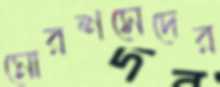
মোরশসেদের